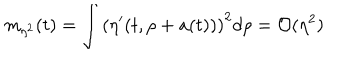
m _ { \eta ^ { 2 } } ( t ) = \int \left( \eta ^ { \prime } ( t , \rho + a ( t ) ) \right) ^ { 2 } d \rho = { \cal O } ( \eta ^ { 2 } )